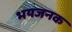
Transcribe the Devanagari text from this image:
भयजनक